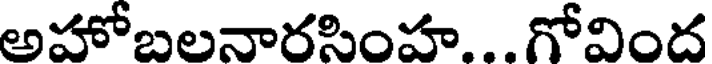
అహోబలనారసింహ... గోవింద